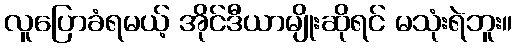
လူပြောခံရမယ့် အိုင်ဒီယာမျိုးဆိုရင် မသုံးရဲဘူး။